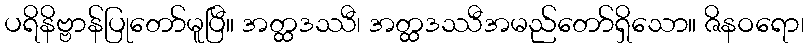
ပရိနိဗ္ဗာန်ပြုတော်မူပြီ။ အတ္ထဒဿီ၊ အတ္ထဒဿီအမည်တော်ရှိသော။ ဇိနဝရော၊